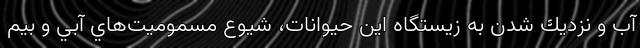
آب و نزديك شدن به زيستگاه اين حيوانات، شيوع مسموميت‌هاي آبي و بيم